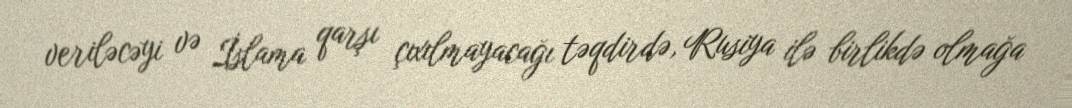
veriləcəyi və İslama qarşı çıxılmayacağı təqdirdə, Rusiya ilə birlikdə olmağa